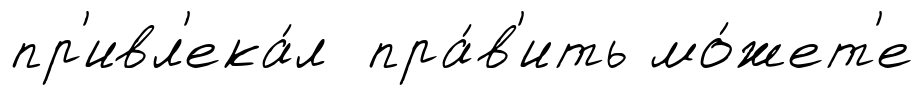
пр'ивл'ека́л пра́в'ить мо́жет'е